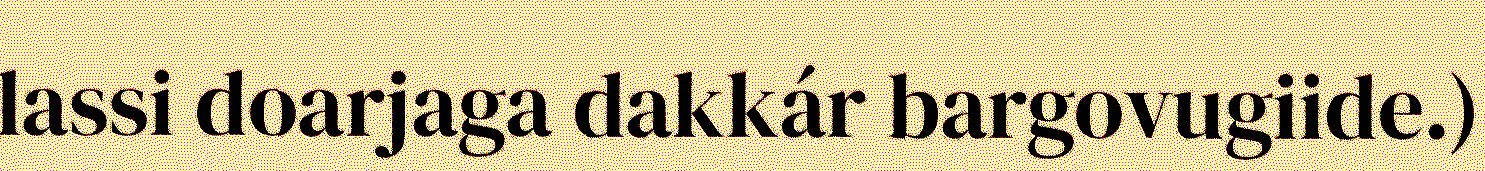
lassi doarjaga dakkár bargovugiide.)